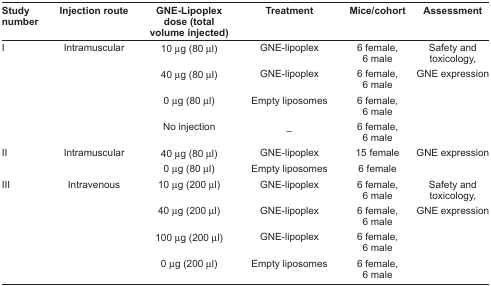
| Study number | Injection route | GNE-Lipoplex dose (total volume injected) | Treatment | Mice/cohort | Assessment |
 | --- | --- | --- | --- | --- | --- |
 | I | Intramuscular | 10 μg (80 μl) | GNE-lipoplex | 6 female, 6 male | Safety and toxicology, |
 |  |  | 40 μg (80 μl) | GNE-lipoplex | 6 female, 6 male | GNE expression |
 |  |  | 0 μg (80 μl) | Empty liposomes | 6 female, 6 male |  |
 |  |  | No injection | – | 6 female, 6 male |  |
 | II | Intramuscular | 40 μg (80 μl) | GNE-lipoplex | 15 female | GNE expression |
 |  |  | 0 μg (80 μl) | Empty liposomes | 6 female |  |
 | III | Intravenous | 10 μg (200 μl) | GNE-lipoplex | 6 female, 6 male | Safety and toxicology, |
 |  |  | 40 μg (200 μl) | GNE-lipoplex | 6 female, 6 male | GNE expression |
 |  |  | 100 μg (200 μl) | GNE-lipoplex | 6 female, 6 male |  |
 |  |  | 0 μg (200 μl) | Empty liposomes | 6 female, 6 male |  |